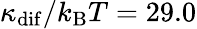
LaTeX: \kappa_{\mathrm{dif}}/k_{\mathrm{B}}T=29.0